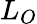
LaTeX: L_{O}